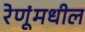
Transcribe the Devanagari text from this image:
रेणूंमधील